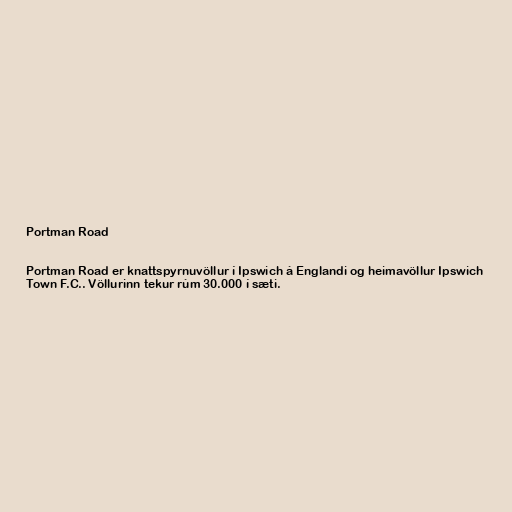
Portman Road

Portman Road er knattspyrnuvöllur í Ipswich á Englandi og heimavöllur Ipswich
Town F.C.. Völlurinn tekur rúm 30.000 í sæti.